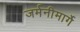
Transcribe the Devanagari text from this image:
जर्मनीमार्गे